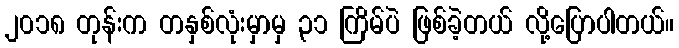
၂၀၁၈ တုန်းက တနှစ်လုံးမှာမှ ၃၁ ကြိမ်ပဲ ဖြစ်ခဲ့တယ် လို့ပြောပါတယ်။